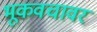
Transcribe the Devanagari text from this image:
भूकवचावर